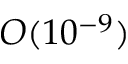
O ( 1 0 ^ { - 9 } )